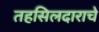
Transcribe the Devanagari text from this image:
तहसिलदाराचे